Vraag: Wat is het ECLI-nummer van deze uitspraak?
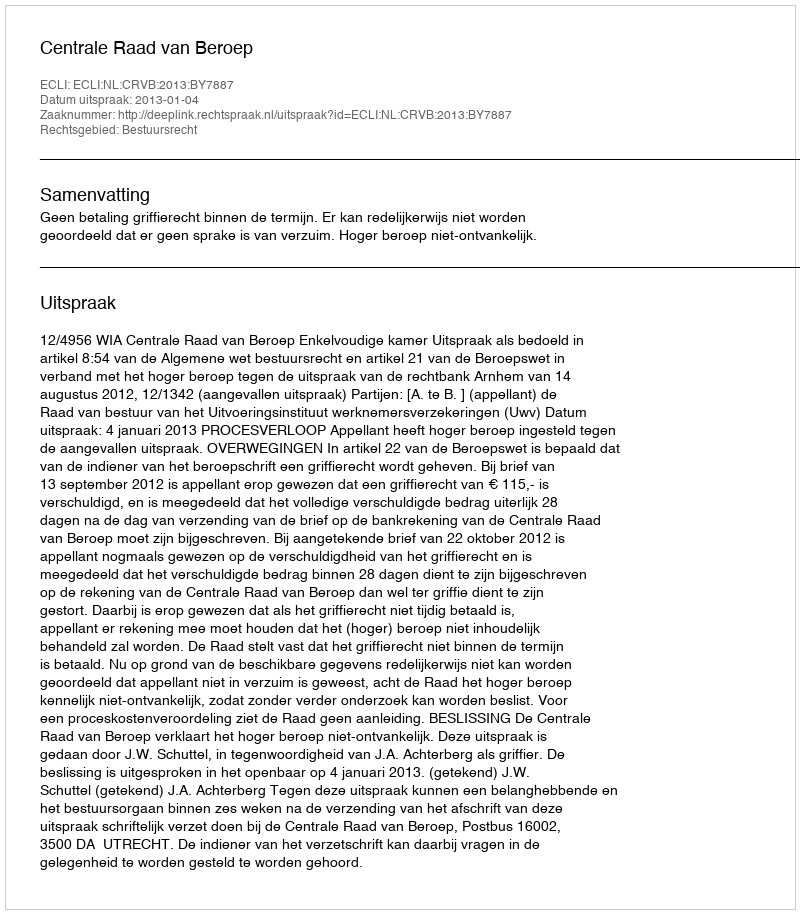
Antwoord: ECLI:NL:CRVB:2013:BY7887